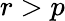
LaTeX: r>p